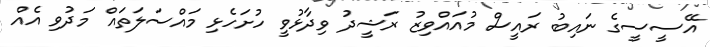
އޭސީސީގެ ނައިބު ރައީސް މުއައްވިޒު ރަޝީދު ވިދާޅުވީ ހުށަހެޅި މައްސަލަތައް މަދުވި އެއް